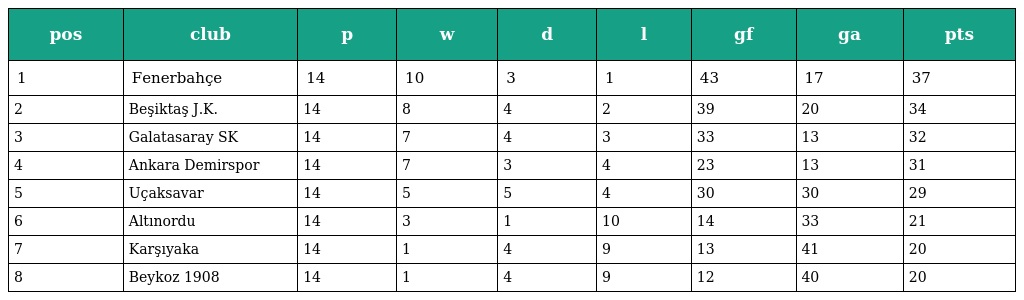
| pos | club | p | w | d | l | gf | ga | pts |
 | --- | --- | --- | --- | --- | --- | --- | --- | --- |
 | 1 | Fenerbahçe | 14 | 10 | 3 | 1 | 43 | 17 | 37 |
 | 2 | Beşiktaş J.K. | 14 | 8 | 4 | 2 | 39 | 20 | 34 |
 | 3 | Galatasaray SK | 14 | 7 | 4 | 3 | 33 | 13 | 32 |
 | 4 | Ankara Demirspor | 14 | 7 | 3 | 4 | 23 | 13 | 31 |
 | 5 | Uçaksavar | 14 | 5 | 5 | 4 | 30 | 30 | 29 |
 | 6 | Altınordu | 14 | 3 | 1 | 10 | 14 | 33 | 21 |
 | 7 | Karşıyaka | 14 | 1 | 4 | 9 | 13 | 41 | 20 |
 | 8 | Beykoz 1908 | 14 | 1 | 4 | 9 | 12 | 40 | 20 |